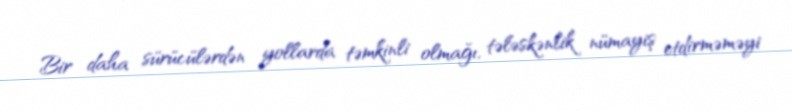
Bir daha sürücülərdən yollarda təmkinli olmağı, tələskənlik nümayiş etdirməməyi